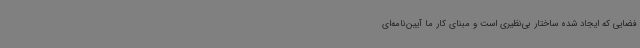
فضایی که ایجاد شده ساختار بی‌نظیری است و مبنای کار ما آیین‌نامه‌ای